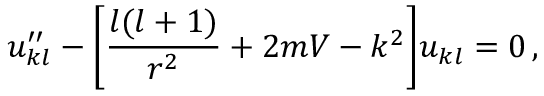
u _ { k l } ^ { \prime \prime } - \bigg \lbrack \frac { l ( l + 1 ) } { r ^ { 2 } } + 2 m V - k ^ { 2 } \bigg \rbrack u _ { k l } = 0 \, ,